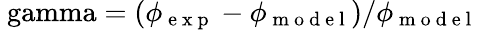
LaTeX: \mathrm{\ gamma}=(\phi_{\mathrm{~e~x~p~}}-\phi_{\mathrm{~m~o~d~e~l~}})/\phi_{\mathrm{~m~o~d~e~l~}}